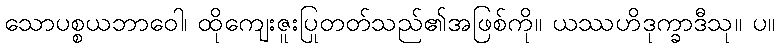
သောပစ္စယဘာဝေါ၊ ထိုကျေးဇူးပြုတတ်သည်၏အဖြစ်ကို။ ယဿဟိဒုက္ခာဒီသု။ ပ။